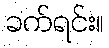
ခက်ရင်း။